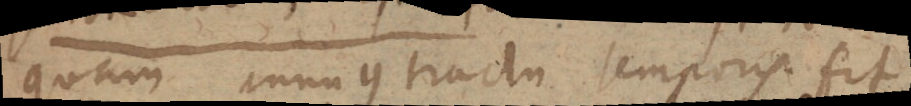
quam annuus tractu temporis fit